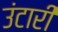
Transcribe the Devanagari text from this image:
उंटारी